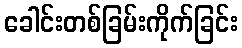
ခေါင်းတစ်ခြမ်းကိုက်ခြင်း